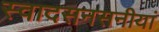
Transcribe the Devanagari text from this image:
स्वादसनसनीयां